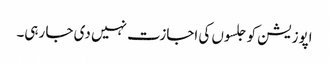
اپوزیشن کو جلسوں کی اجازت نہیں دی جا رہی۔